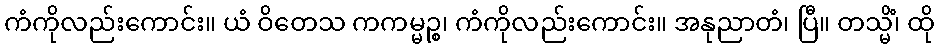
ကံကိုလည်းကောင်း။ ယံ ဝိတေသ ကကမ္မဉ္စ၊ ကံကိုလည်းကောင်း။ အနုညာတံ၊ ပြီ။ တသ္မိံ၊ ထို